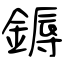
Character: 鎒